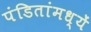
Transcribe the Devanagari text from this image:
पंडितांमध्यें